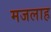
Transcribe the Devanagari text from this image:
मजलाह